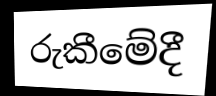
රුකීමේදී